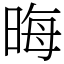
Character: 晦